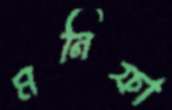
মনিফা